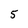
Character: 5